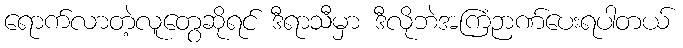
ရောက်လာတဲ့လူတွေဆိုရင် ဒီရာသီမှာ ဒီလိုဘဲအကြံဉာဏ်ပေးရပါတယ်